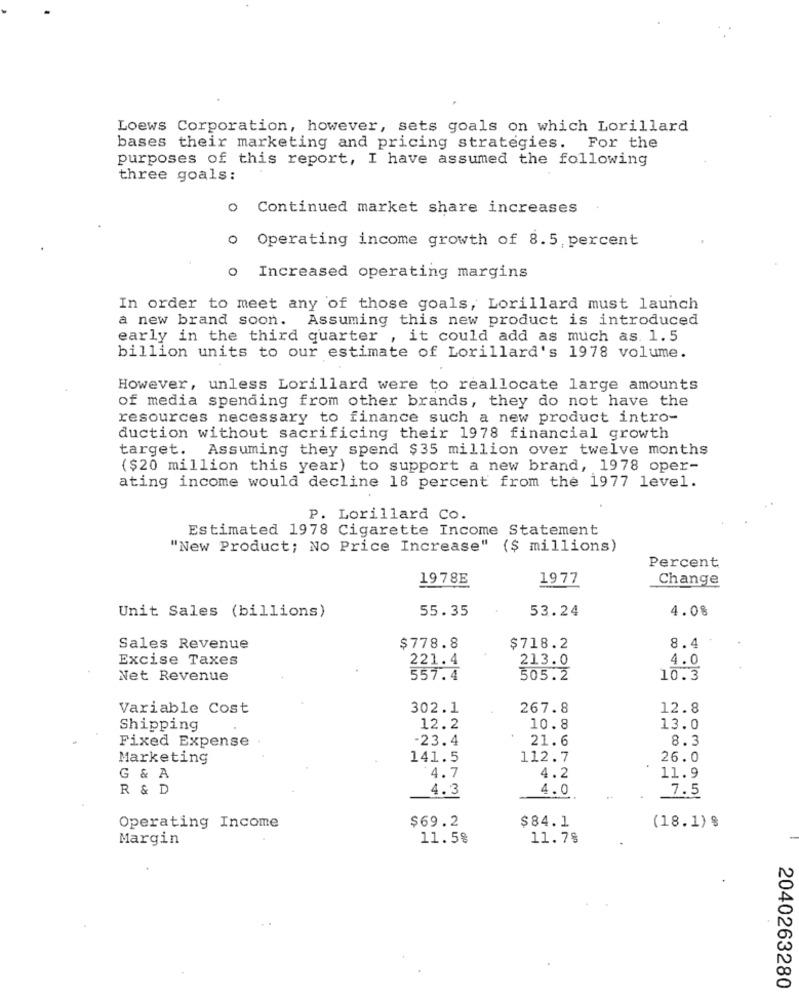
Loews Corporation, however, sets goals on which Lorillard
bases their marketing and pricing strategies. For the
purposes of this report, I have assumed the following
three goals:
o Continued market share increases
o Operating income growth of 8.5, percent
o Increased operating margins
In order to meet any of those goals, Lorillard must launch
a new brand soon. Assuming this new product is introduced
early in the third quarter , it could add as much as. 1.5
billion units to our estimate of Lorillard's 1978 volume.
However, unless Lorillard were to reallocate large amounts
of media spending from other brands, they do not have the
resources necessary to finance such a new product intro-
duction without sacrificing their 1978 financial growth
target. Assuming they spend $35 million over twelve months
($20 million this year) to support a new brand, 1978 oper-
ating income would decline 18 percent from the 1977 level.
P. Lorillard Co.
Estimated 1978 Cigarette Income Statement
"New Product; No Price Increase" ($ millions)
Percent
1978E
1977
Change
Unit Sales (billions)
55.35
53.24
4.08
Sales Revenue
$778.8
$718.2
8.4
Excise Taxes
221.4
4.0
213.0
Net Revenue
557.4
505.2
10.3
Variable Cost
302.1
267.8
12.8
Shipping
12.2
10.8
13.0
Fixed Expense .
23.4
21.6
8.3
Marketing
141.5
112.7
26.0
4.7
G & A
4.2
11.9
R & D
4.3
4.0
7.5
$69.2
$84.1
Operating Income
(18.1) %
Margin
11.5%
11.78
2040263280